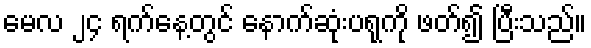
မေလ ၂၄ ရက်နေ့တွင် နောက်ဆုံးပရုကို ဖတ်၍ ပြီးသည်။